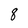
Character: 8